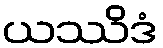
ယဿိဒံ